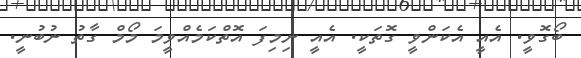
ބޯގޮވީ. އެއީ އެކަންވީ ގޮތަކީ. އެއީ ނިމިފަ އޮތްކަމެއްވީމަ މޯމް ގާތު ނުބުނީ.